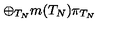
\oplus _ { T _ { N } } m ( T _ { N } ) \pi _ { T _ { N } } \,